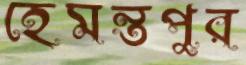
হেমন্তপুর